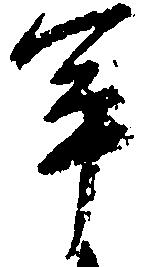
軍